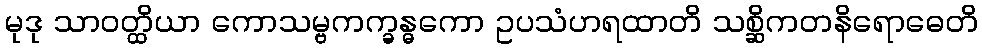
မုဒု သာဝတ္ထိယာ ကောသမ္ဗကက္ခန္ဓကော ဥပသံဟရထာတိ သစ္ဆိကတနိရောဓေတိ